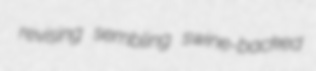
revising sembling swine-backed